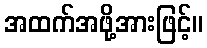
အထက်အဖို့အားဖြင့်။